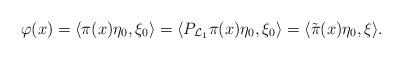
LaTeX: \begin{align*} \varphi(x) = \langle \pi(x) \eta_0, \xi_0 \rangle = \langle P_{\mathcal L_1} \pi(x) \eta_0, \xi_0 \rangle = \langle \tilde \pi(x) \eta_0, \xi \rangle.\end{align*}